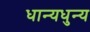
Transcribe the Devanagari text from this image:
धान्यधुन्य